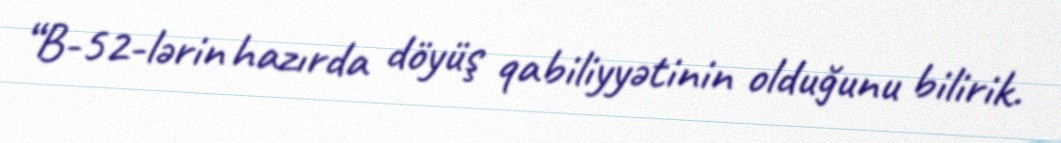
“B-52-lərin hazırda döyüş qabiliyyətinin olduğunu bilirik.